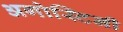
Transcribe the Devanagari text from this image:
अगोस्टिनी